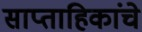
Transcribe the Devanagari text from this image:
साप्ताहिकांचे